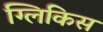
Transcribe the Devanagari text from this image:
ग्लिकिस